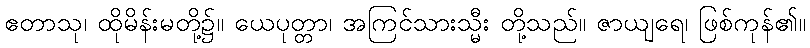
ဧတာသု၊ ထိုမိန်းမတို့၌။ ယေပုတ္တာ၊ အကြင်သားသ္မီး တို့သည်။ ဇာယျရေ၊ ဖြစ်ကုန်၏။